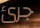
جرئ